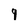
Character: 9